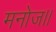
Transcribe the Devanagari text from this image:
मनोज।।